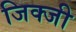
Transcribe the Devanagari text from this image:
जिक्जी